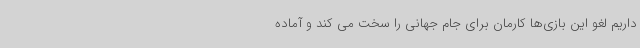
داریم لغو این بازی‌ها کارمان برای جام جهانی را سخت می کند و آماده